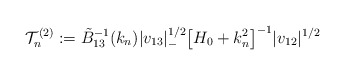
\begin{align*} \mathcal{T}^{(2)}_n := \tilde B_{13}^{-1} (k_n) |v_{13}|^{1/2}_- \bigl[ H_0 + k_n^2\bigr]^{-1} |v_{12}|^{1/2} \end{align*}